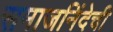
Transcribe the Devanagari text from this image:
समाजनिंदेची